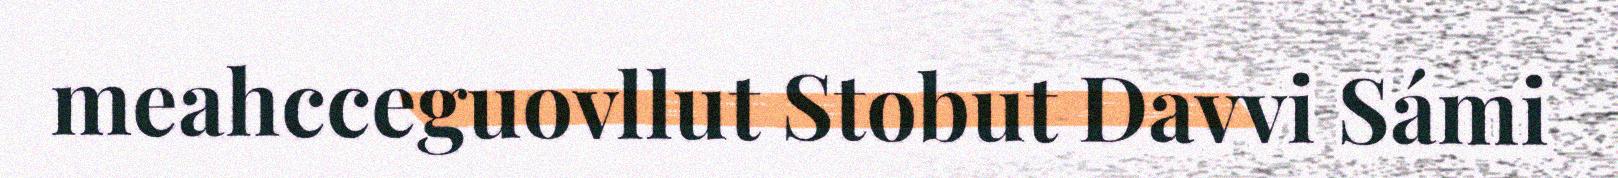
meahcceguovllut Stobut Davvi Sámi